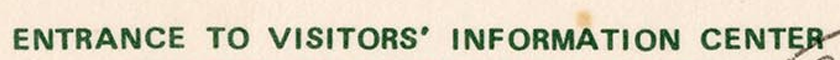
ENTRANCE TO VISITORS' INFORMATION CENTER